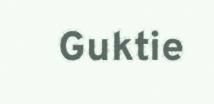
Guktie